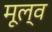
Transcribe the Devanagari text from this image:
मूल्व